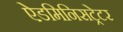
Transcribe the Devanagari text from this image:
ऐडमिनिसट्रेटर